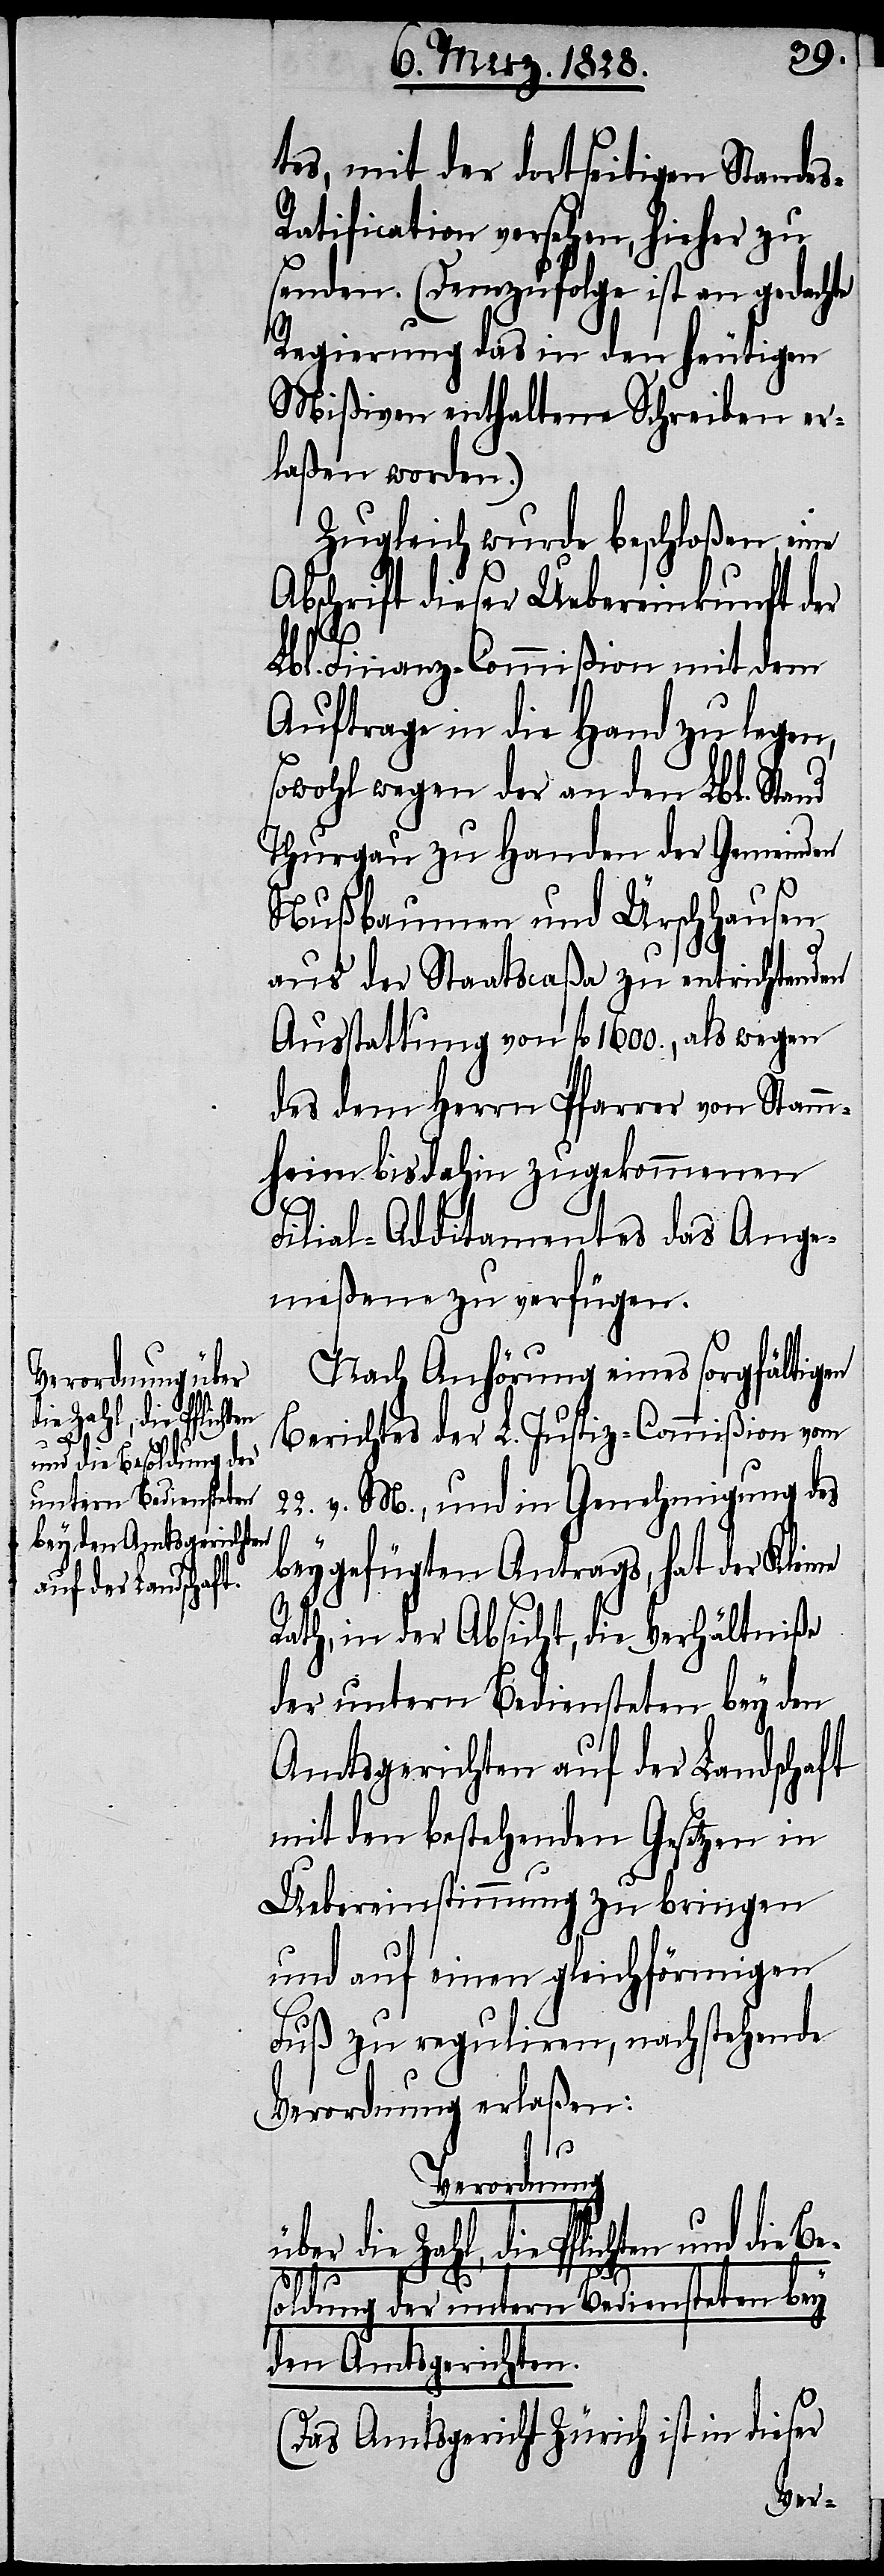
die Zahl, die Pflichten
s-R¬
und die Besoldung der
untern Bediensteten
bey den Amtsgerichten.

tes, mit der dortseitigen Stande¬
atification versehen, hieher zu
senden. (Demzufolge ist an gedachte
Regierung das in den heutigen
Mißiven enthaltene Schreiben er¬
laßen worden.)
Zugleich wurde beschloßen, eine
Abschrift dieser Uebereinkunft der
Lbl. Finanz-Commißion mit dem
Auftrage in die Hand zu legen,
sowohl wegen der an den Lbl. Stand
Thurgau zu Handen der Gemeinden
Nußbaumen und Ürschhausen
aus der Staatscaßa zu entrichtenden
Ausstattung von fl. 1600., als wegen
des dem Herrn Pfarrer von Stamm¬
heim bis dahin zugekommenen
Filial-Additamentes das Ange¬
meßene zu verfügen.
Nach Anhörung eines sorgfältigen
Berichtes der L. Justiz-Commißion vom
22. v. M., und in Genehmigung des
beygefügten Antrags, hat der Klei¬
Rath, in der Absicht, die Verhältniße
der untern Bediensteten bey den
Amtsgerichten auf der Landschaft
mit den bestehenden Gesetzen in
Uebereinstimmung zu bringen
und auf einen gleichförmigen
Fuß zu reguliren, nachstehende
Verordnung erlaßen:
Verordnung
ne
(Das Amtsgericht Zürich ist in dieser